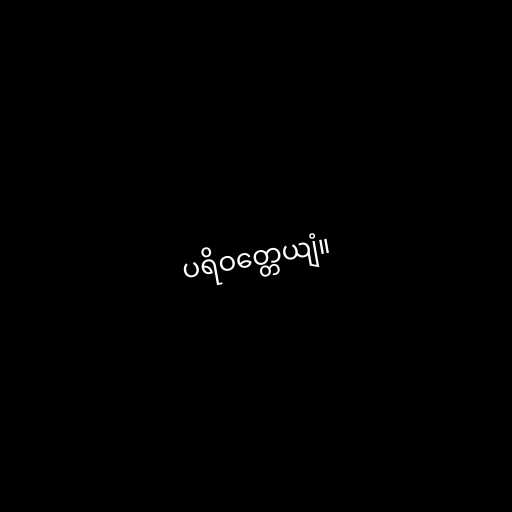
ပရိဝတ္တေယျံ။